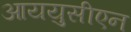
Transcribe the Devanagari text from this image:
आययुसीएन